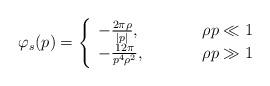
LaTeX: \begin{align*}\varphi _{s}(p)= \left\{\begin{array}{ll} -\frac{2\pi\rho}{|p|}, \;\;\;\;\;\;\;\;\;\;& \rho p\ll 1 \\ -\frac{12\pi}{p^{4}\rho ^2}, \;\;\;\;\;\;\;\;\;\;& \rho p\gg 1\end{array}\right.\end{align*}